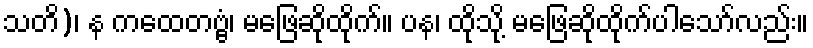
သတိ)၊ န ကထေတဗ္ဗံ၊ မဖြေဆိုထိုက်။ ပန၊ ထိုသို့ မဖြေဆိုထိုက်ပါသော်လည်း။